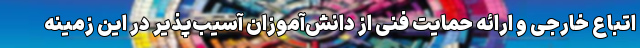
اتباع خارجی و ارائه‌ حمایت فنی از دانش‌آموزان آسیب‌پذیر در این زمینه